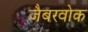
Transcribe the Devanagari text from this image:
जैबरवोक